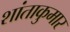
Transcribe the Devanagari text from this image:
शांताकुमार